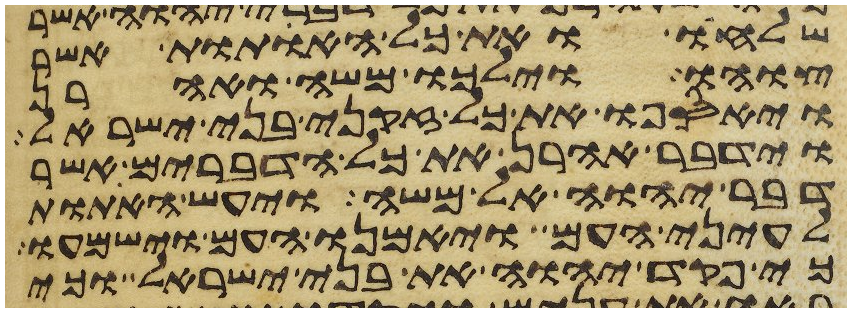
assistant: שלחו ואת כל האתות אשר
צוהו וילכו משה ואהרן
ויאספו את כל זקני בני ישראל
וידבר אהרן את כל הדברים אשר
דבר יהוה אל משה ויעש האתות
לעיני העם ויאמנו העם וישמעו
כי פקד יהוה את בני ישראל וכי